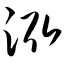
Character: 泓